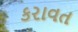
કરાવત